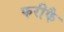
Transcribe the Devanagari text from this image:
फरीफै